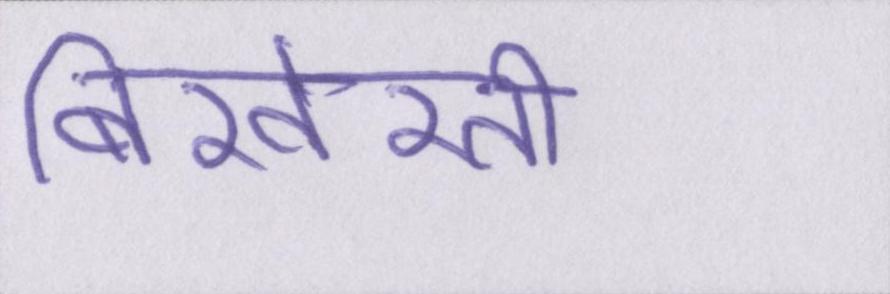
बिखेरती